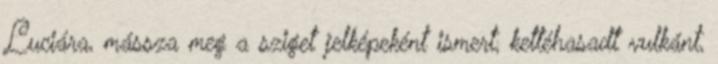
Luciára, mássza meg a sziget jelképeként ismert, kettéhasadt vulkánt,